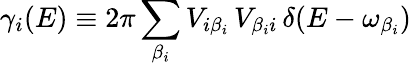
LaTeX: \gamma_{i}(E)\equiv 2\pi\sum_{\beta_{i}}V_{i\beta_{i}}\, V_{\beta_{i}i}\, \delta(E-\omega_{\beta_{i}})